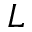
L